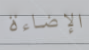
الإضاءة